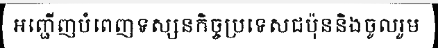
អញ្ជើញបំពេញទស្សនកិច្ចប្រទេសជប៉ុននិងចូលរួម